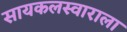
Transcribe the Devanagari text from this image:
सायकलस्वाराला